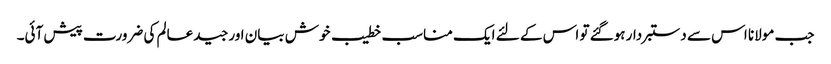
جب مولانا اس سے دستبردار ہوگئے تو اس کے لئے ایک مناسب خطیب خوش بیان اور جید عالم کی ضرورت پیش آئی۔